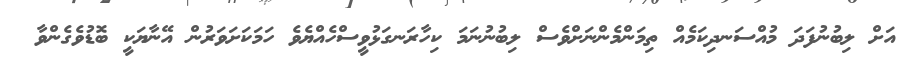
އަށް ލިބުނުފަދަ މުއްސަނދިކަމެއް ތިމަންމެންނަށްވެސް ލިބުނުނަމަ ކިހާރަނގަޅުވީސްހެއްޔެވެ ހަމަކަށަވަރުން އޭނާޔަކީ ބޮޑުވެގެންވާ